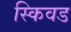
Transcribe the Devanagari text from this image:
स्किवड